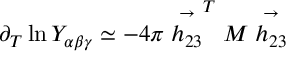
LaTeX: \partial _ { T } \ln Y _ { \alpha \beta \gamma } \simeq - 4 \pi \stackrel { \rightarrow } { h _ { 2 3 } } ^ { T } M \stackrel { \rightarrow } { h _ { 2 3 } }